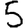
Digit: 5